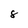
Character: 8